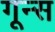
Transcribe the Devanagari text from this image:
गून्स